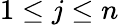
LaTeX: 1\le j\le n